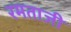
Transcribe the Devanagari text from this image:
रमताजी